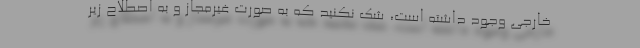
خارجی وجود داشته است، شک نکنید که به صورت غیرمجاز و به اصطلاح زیر